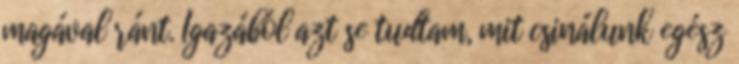
magával ránt. Igazából azt se tudtam, mit csinálunk egész